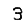
Digit: 3